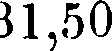
31,50